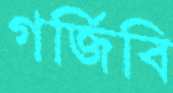
গর্জিবি